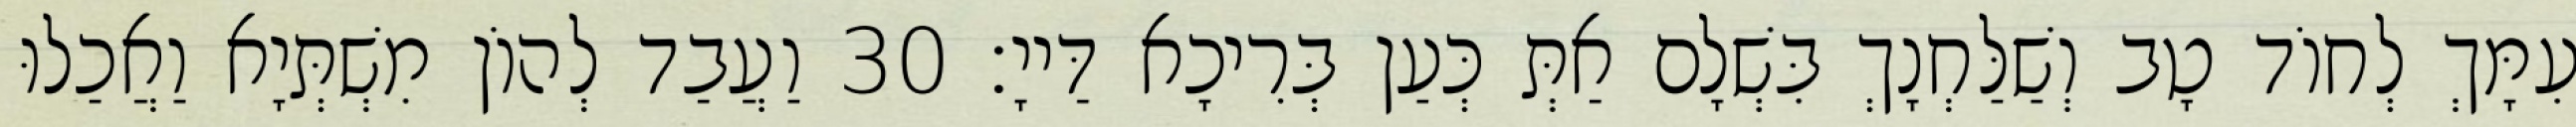
עִמָּךְ לְחוֹד טָב וְשַׁלַּחְנָךְ בִּשְׁלָם אַתְּ כְּעַן בְּרִיכָא דַּייָ׃ 30 וַעֲבַד לְהוֹן מִשְׁתְּיָא וַאֲכַלוּ